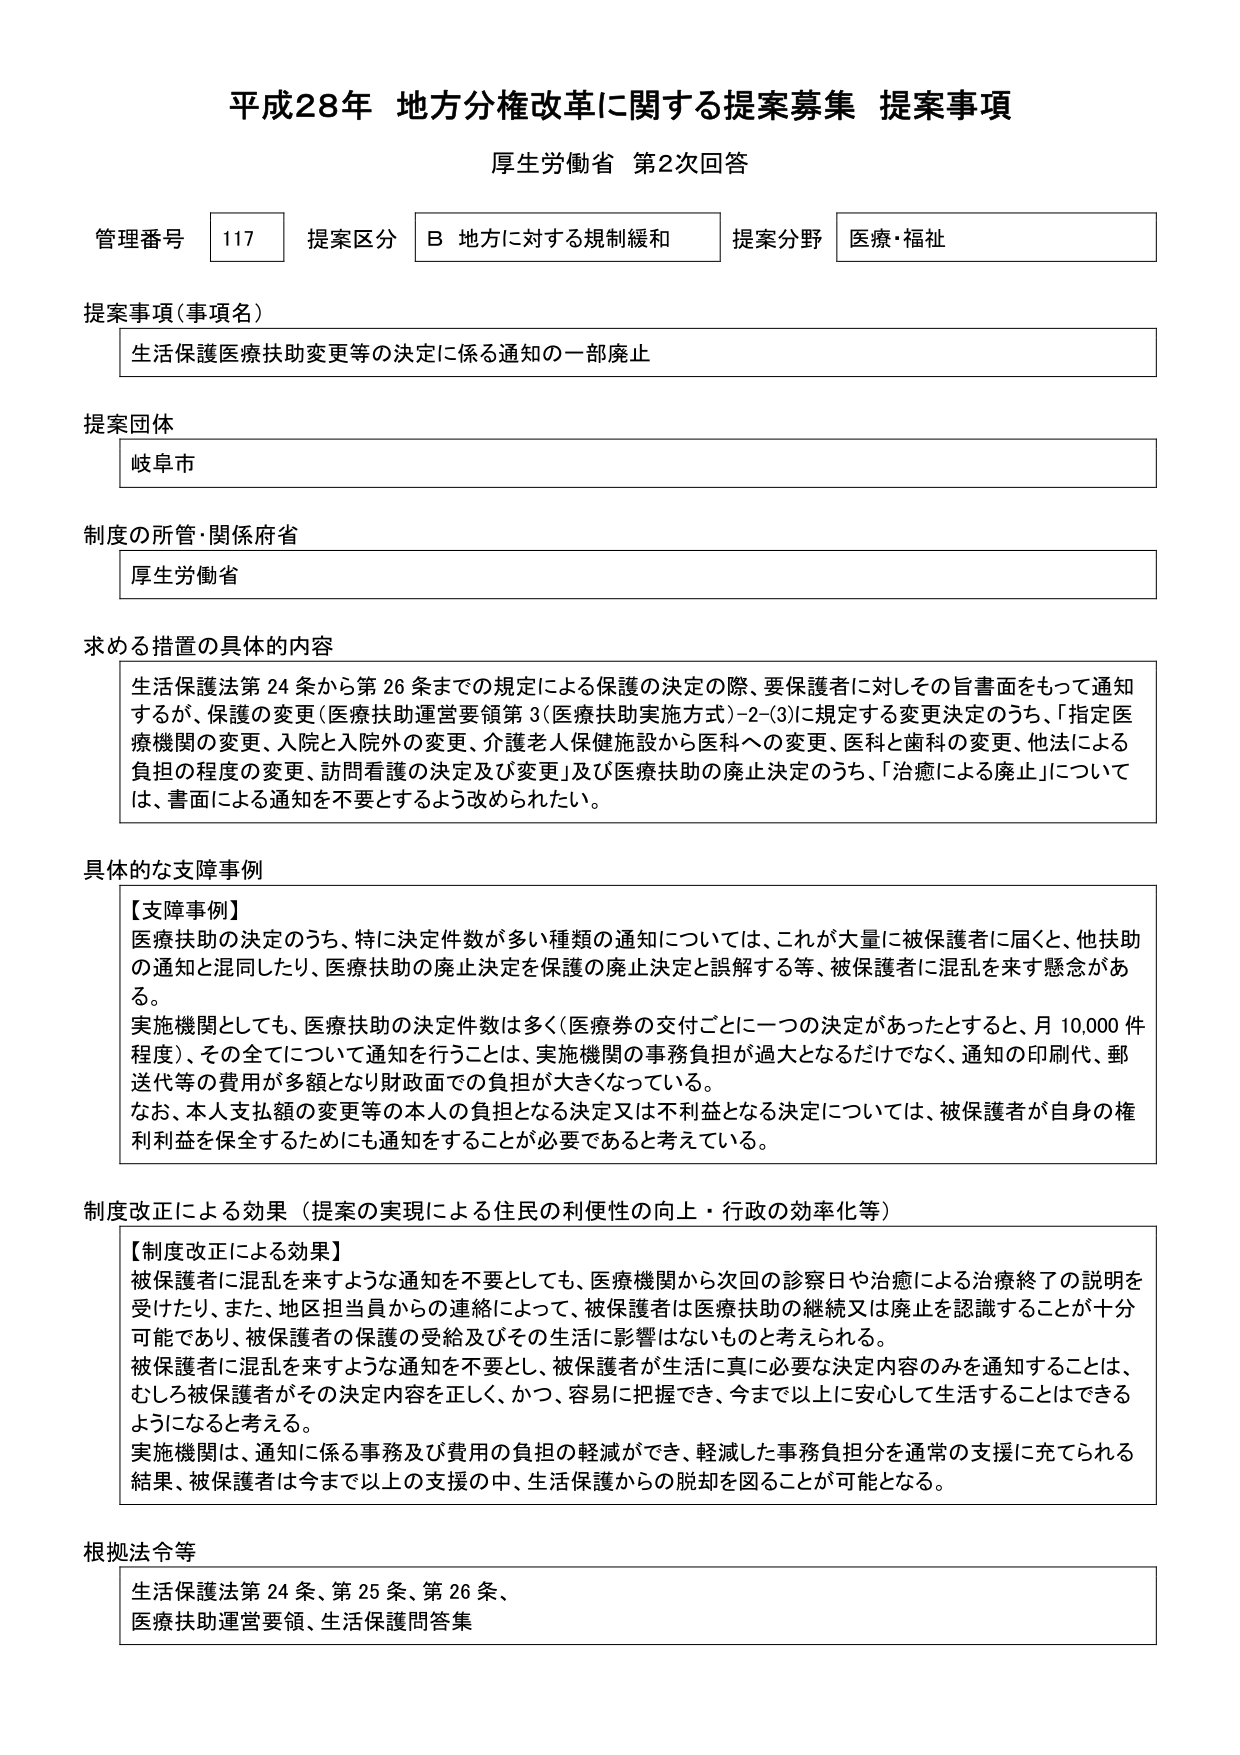
平成28年 地方分権改革に関する提案募集 提案事項
厚生労働省 第2次回答

管理番号 117 提案区分 B 地方に対する規制緩和 提案分野 医療・福祉

提案事項（事項名）
生活保護医療扶助変更等の決定に係る通知の一部廃止

提案団体
岐阜市

制度の所管・関係府省
厚生労働省

求める措置の具体的内容
生活保護法第24条から第26条までの規定による保護の決定の際、要保護者に対してその旨書面をもって通知するが、保護の変更（医療扶助運営要領第3（医療扶助実施方式）-2-(3)に規定する変更決定のうち、「指定医療機関の変更、入院と入院外の変更、介護老人保健施設から医科への変更、医科と歯科の変更、他法による負担の程度の変更、訪問看護の決定及び変更」及び医療扶助の廃止決定のうち、「治癒による廃止」については、書面による通知を不要とするよう改められたい。

具体的な支障事例
【支障事例】
医療扶助の決定のうち、特に決定件数が多い種類の通知については、これが大量に被保護者に届くと、他扶助の通知と混同したり、医療扶助の廃止決定を保護の廃止決定と誤解する等、被保護者に混乱を来す懸念がある。
実施機関としても、医療扶助の決定件数は多く（医療券の交付ごとに一つの決定があったとすると、月10,000件程度）、その全てについて通知を行うことは、実施機関の事務負担が過大となるだけでなく、通知の印刷代、郵送代等の費用が多額となり財政面での負担が大きくなっている。
なお、本人支払額の変更等の本人の負担となる決定又は不利益となる決定については、被保護者が自身の権利利益を保全するためにも通知をすることが必要であると考えている。

制度改正による効果（提案の実現による住民の利便性の向上・行政の効率化等）
【制度改正による効果】
被保護者に混乱を来すような通知を不要としても、医療機関から次回の診察日や治癒による治療終了の説明を受けたり、また、地区担当員からの連絡によって、被保護者は医療扶助の継続又は廃止を認識することが十分可能であり、被保護者の保護の受給及びその生活に影響はないものと考えられる。
被保護者に混乱を来すような通知を不要とし、被保護者が生活に真に必要な決定内容のみを通知することは、むしろ被保護者がその決定内容を正しく、かつ、容易に把握でき、今まで以上に安心して生活することはできるようになると考える。
実施機関は、通知に係る事務及び費用の負担の軽減ができ、軽減した事務負担分を通常の支援に充てられる結果、被保護者は今まで以上の支援の中、生活保護からの脱却を図ることが可能となる。

根拠法令等
生活保護法第24条、第25条、第26条、
医療扶助運営要領、生活保護問答集